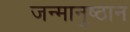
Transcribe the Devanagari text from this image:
जन्मानुष्ठान